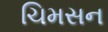
ચિમસન